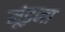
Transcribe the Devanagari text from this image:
मूंड़ना